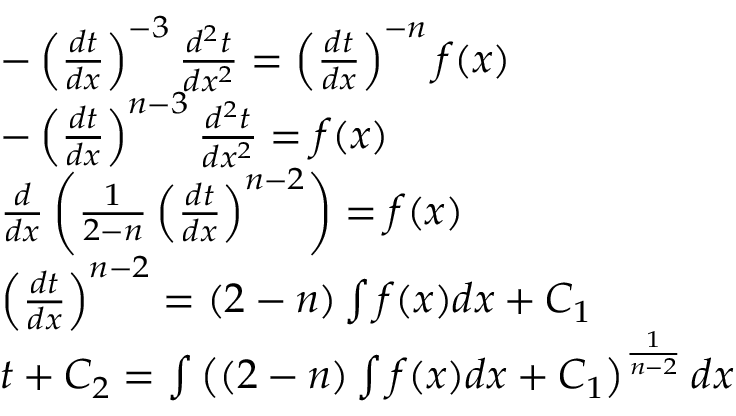
{ \begin{array} { r l } & { - \left( { \frac { d t } { d x } } \right) ^ { - 3 } { \frac { d ^ { 2 } t } { d x ^ { 2 } } } = \left( { \frac { d t } { d x } } \right) ^ { - n } f ( x ) } \\ & { - \left( { \frac { d t } { d x } } \right) ^ { n - 3 } { \frac { d ^ { 2 } t } { d x ^ { 2 } } } = f ( x ) } \\ & { { \frac { d } { d x } } \left( { \frac { 1 } { 2 - n } } \left( { \frac { d t } { d x } } \right) ^ { n - 2 } \right) = f ( x ) } \\ & { \left( { \frac { d t } { d x } } \right) ^ { n - 2 } = ( 2 - n ) \int f ( x ) d x + C _ { 1 } } \\ & { t + C _ { 2 } = \int \left( ( 2 - n ) \int f ( x ) d x + C _ { 1 } \right) ^ { \frac { 1 } { n - 2 } } d x } \end{array} }